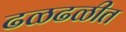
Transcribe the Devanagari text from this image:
ढळढळीत